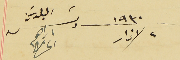
٢ اذار سنة ١٩٣٠ رئىس البلدية ابراهىم الحىاط